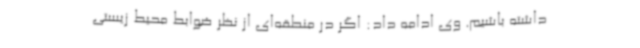
داشته باشیم. وی ادامه داد: اگر در منطقه‌ای از نظر ضوابط محیط زیستی